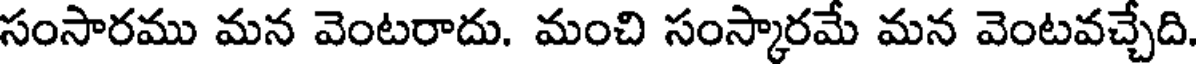
సంసారము మన వెంటరాదు. మంచి సంస్కారమే మన వెంటవచ్చేది